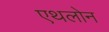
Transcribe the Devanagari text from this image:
एथलोन